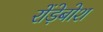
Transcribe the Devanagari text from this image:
रोंड़ेबोश